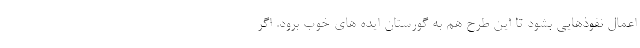
اعمال نفوذهایی بشود تا این طرح هم به گورستان ایده های خوب برود. اگر